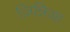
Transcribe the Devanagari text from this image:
ज़िन्निआ